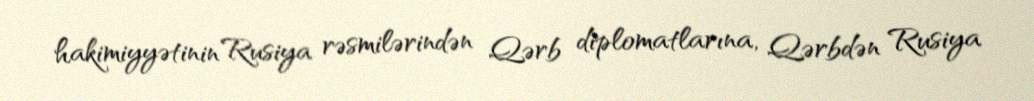
hakimiyyətinin Rusiya rəsmilərindən Qərb diplomatlarına, Qərbdən Rusiya